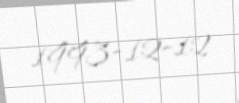
1993-12-12